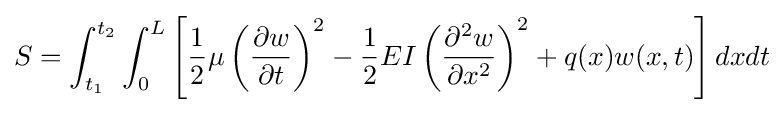
S=\int _{t_{1}}^{t_{2}}\int _{0}^{L}\left[{\frac {1}{2}}\mu \left({\frac {\partial w}{\partial t}}\right)^{2}-{\frac {1}{2}}EI\left({\frac {\partial ^{2}w}{\partial x^{2}}}\right)^{2}+q(x)w(x,t)\right]dxdt